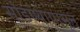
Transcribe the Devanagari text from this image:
सोडण्यापासून